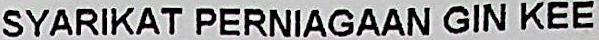
SYARIKAT PERNIAGAAN GIN KEE